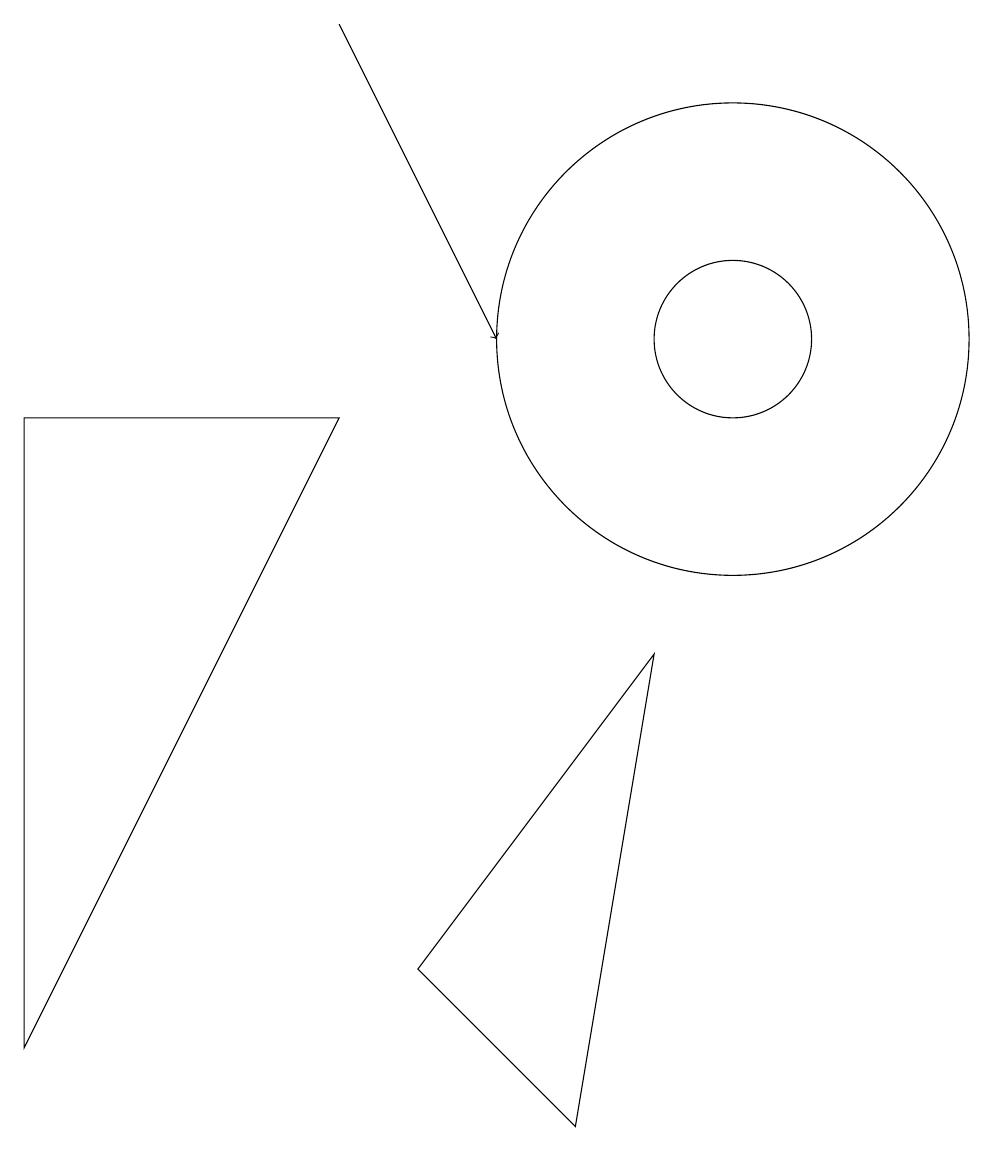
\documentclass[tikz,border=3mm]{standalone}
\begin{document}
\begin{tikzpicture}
\draw (10,10) circle (1);
\draw (1,1) -- (5,9) -- (1,9) -- cycle;
\draw (9,6) -- (6,2) -- (8,0) -- cycle;
\draw[->] (5,14) -- (7,10);
\draw (10,10) circle (3);
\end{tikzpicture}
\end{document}